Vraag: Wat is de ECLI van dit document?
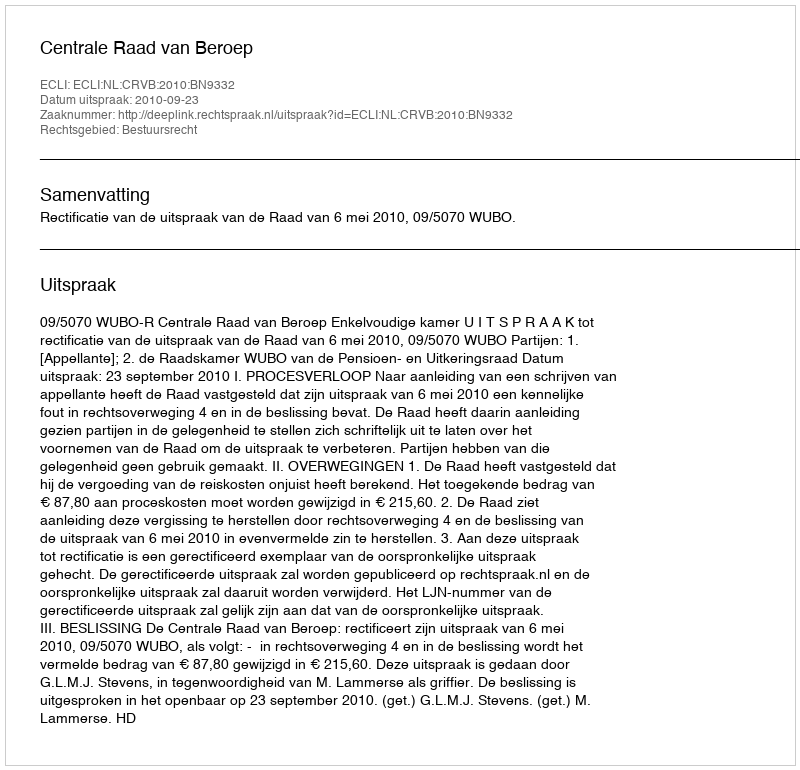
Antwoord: ECLI:NL:CRVB:2010:BN9332